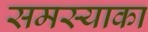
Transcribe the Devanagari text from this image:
समस्याका